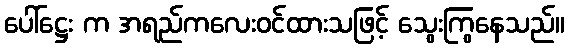
ပေါ်ဋ္ဌေး က အရည်ကလေးဝင်ထားသဖြင့် သွေးကြွနေသည်။